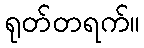
ရုတ်တရက်။